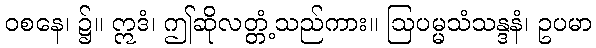
ဝစနေ၊ ၌။ ဣဒံ၊ ဤဆိုလတ္တံ့သည်ကား။ ဩပမ္မသံသန္ဒနံ၊ ဥပမာ